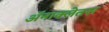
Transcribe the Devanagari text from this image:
अॅनाक्लेतस